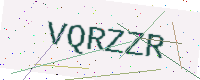
Text: VQRZZR